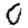
Digit: 0